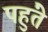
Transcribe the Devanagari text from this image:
पहुंते